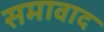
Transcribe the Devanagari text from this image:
समावाद